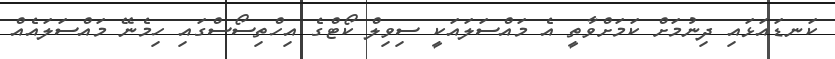
ކަނޑައަޅައި ދިނުމަށް ކަމަށްވާތީ އެ މައްސަލައަކީ ސިވިލް ކޯޓްގެ އިހްތިސޯސްގައި ހިމެނޭ މައްސަލައެއް